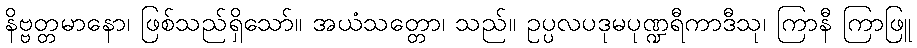
နိဗ္ဗတ္တမာနော၊ ဖြစ်သည်ရှိသော်။ အယံသတ္တော၊ သည်။ ဥပ္ပလပဒုမပုဏ္ဍရီကာဒီသု၊ ကြာနီ ကြာဖြူ